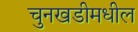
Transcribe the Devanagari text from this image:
चुनखडीमधील